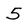
Character: 5